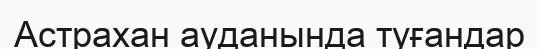
Астрахан ауданында туғандар